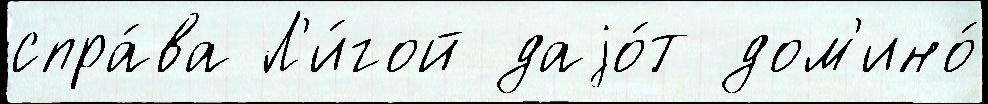
спра́ва Л'и́гой даjо́т дом'ино́